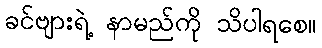
ခင်ဗျားရဲ့ နာမည်ကို သိပါရစေ။